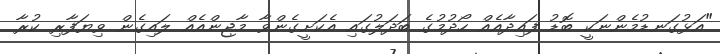
"އަޅުގަނޑުމެންނަކީ ބޮޑު ފައިދާއެއް ހޯދުމުގެ ބަދަލުގައި އެކަށީގެންވާ މާޖިންއެއް ލައިގެން ވިޔަފާރި ކުރާ